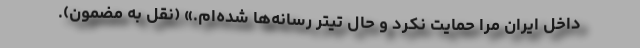
داخل ایران مرا حمایت نکرد و حال تیتر رسانه‌ها شده‌ام.» (نقل به مضمون).